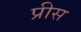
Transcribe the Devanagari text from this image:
प्रीस